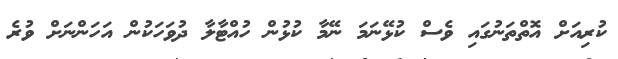
ކުރިއަށް އޮތްތަނުގައި ވެސް ކުޅޭނަމަ ނޭމާ ކުޅުން ހުއްޓާލާ ދުވަހަކުން އަހަންނަށް ވުރެ